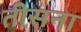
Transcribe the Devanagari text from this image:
तीसना